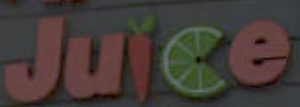
Juice